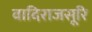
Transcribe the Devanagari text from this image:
वादिराजसूरि